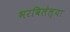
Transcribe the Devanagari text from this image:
भरविलेल्या